Indian Medical Review
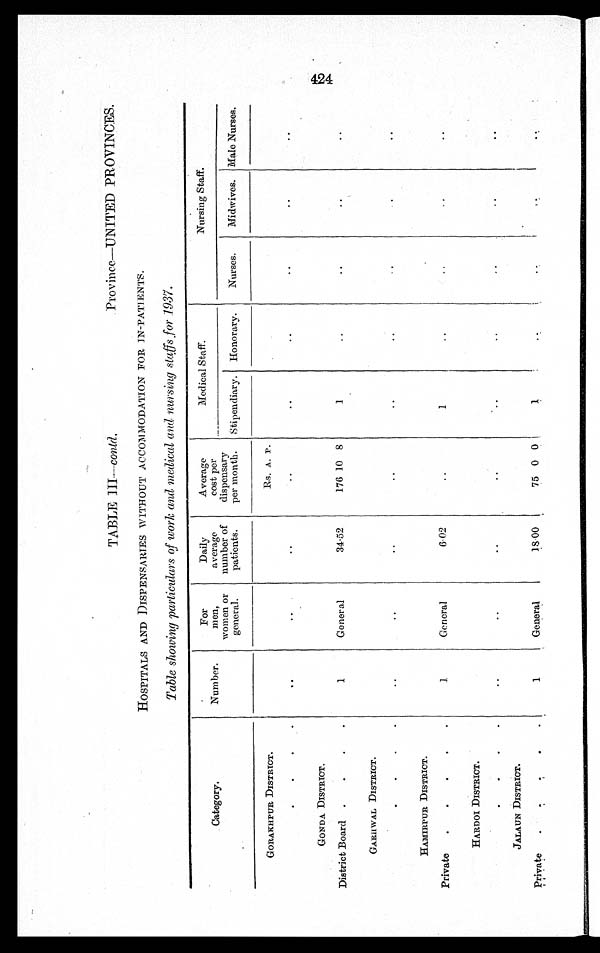
TABLE III —conld.
Province—UNITED PROVINCES.
HOSPITALS AND DISPENSARIES WITHOUT ACCOMMODATION FOR IN-PATIENTS.
Table showing particulars of work and medical and nursing staffs for 1937.
Category.
Number.
For
men,
women or
general.
Daily
average
number of
patients.
Average
cost per
dispensary
per month.
Medical Staff.
Nursing Staff.
Stipendiary. Honorary.
Nurses.
Midwives. Male Nurses.
GORAKHPUR DISTRICT.
Rs. A. P.
. . . .
. .
. .
. .
. .
..
. .
. .
. .
. .
GONDA DISTRICT.
District Board .
.
.
.
1
General
34·52
176 10 8
1
. .
. .
. .
. .
GARHWAL DISTRICT.
. . . .
. .
. .
. . .
. .
. .
. .
..
. .
. .
HAMIRPUR DISTRICT.
Private
.
.
.
.
.
1
General
6·02
. .
1
. .
..
..
..
HARDOI DISTRICT.
. . . .
. .
. .
. .
. .
. .
. .
..
. .
. .
JALAUN DISTRICT.
Private .
. . . 1
General
18·00
75 0 0
1
..
..
..
. .
424